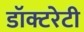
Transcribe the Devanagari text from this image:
डॉक्टरेटी